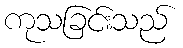
ကုသခြင်းသည်